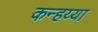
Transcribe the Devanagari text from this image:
कन्हय्या